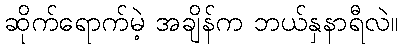
ဆိုက်ရောက်မဲ့ အချိန်က ဘယ်နှနာရီလဲ။